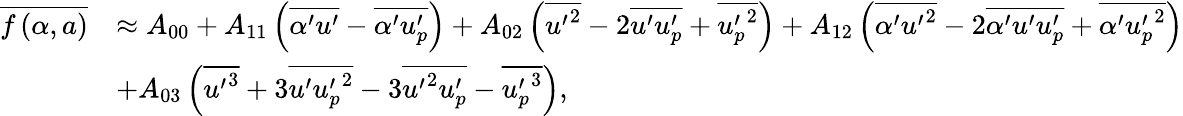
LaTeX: \begin{array}{rl}{\overline{{f\left(\alpha,a\right)}}}&{\approx A_{00}+A_{11}\left(\overline{{\alpha^{\prime}u^{\prime}}}-\overline{{\alpha^{\prime}u_{p}^{\prime}}}\right)+A_{02}\left(\overline{{{u^{\prime}}^{2}}}-2\overline{{u^{\prime}u_{p}^{\prime}}}+\overline{{{u_{p}^{\prime}}^{2}}}\right)+A_{12}\left(\overline{{\alpha^{\prime}{u^{\prime}}^{2}}}-2\overline{{\alpha^{\prime}u^{\prime}u_{p}^{\prime}}}+\overline{{\alpha^{\prime}{u_{p}^{\prime}}^{2}}}\right)}\\ &{+A_{03}\left(\overline{{{u^{\prime}}^{3}}}+3\overline{{u^{\prime}{u_{p}^{\prime}}^{2}}}-3\overline{{{u^{\prime}}^{2}{u_{p}^{\prime}}}}-\overline{{{u_{p}^{\prime}}^{3}}}\right),}\end{array}